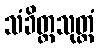
သံခိတ္တသုတ္တံ